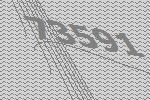
73591